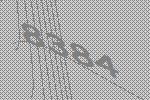
8384